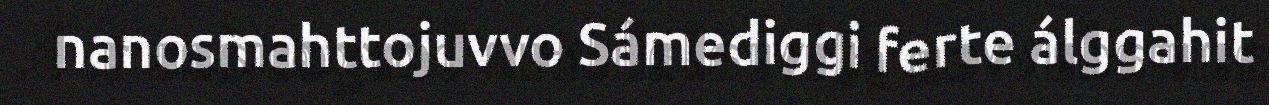
nanosmahttojuvvo Sámediggi ferte álggahit